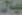
ليال